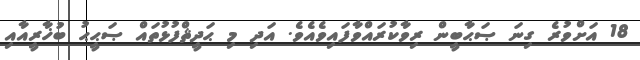
18 އަށްވުރެ ގިނަ ޞަޙާބީން ރިވާކުރައްވާފައިވެއެވެ. އަދި މި ޙަދީޘްފުޅުތައް ޞަޙީޙު ބުޚާރީއާއި